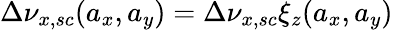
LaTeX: \Delta\nu_{x,sc}(a_{x},a_{y})=\Delta\nu_{x,sc}\xi_{z}(a_{x},a_{y})